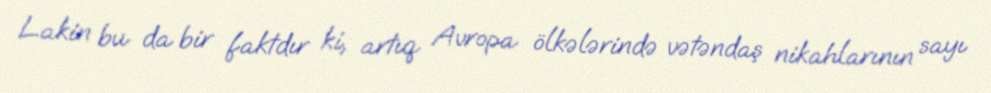
Lakin bu da bir faktdır ki, artıq Avropa ölkələrində vətəndaş nikahlarının sayı